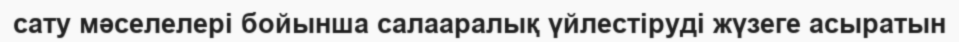
сату мәселелері бойынша салааралық үйлестіруді жүзеге асыратын